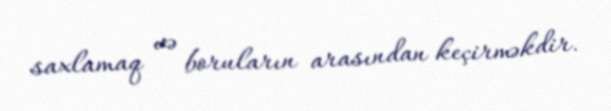
saxlamaq və boruların arasından keçirməkdir.